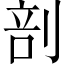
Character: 剖